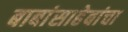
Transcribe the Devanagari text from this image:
बाबांसाहेबांचा